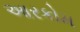
આરકોમ